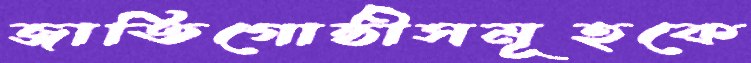
জাতিগোষ্ঠীসমূহকে